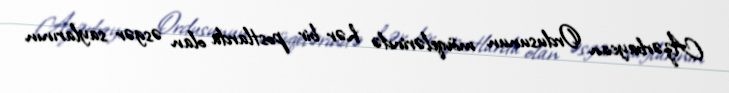
Azərbaycan Ordusunun mövqelərində hər bir postlarda olan əsgər saylarının